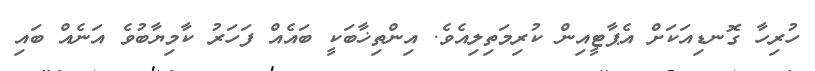
ހުރިހާ ގޮނޑިއަކަށް އެޕާޓީއިން ކުރިމަތިލިއެވެ. އިންތިޚާބަކީ ބައެއް ފަހަރު ކާމިޔާބުވެ އަނެއް ބައި